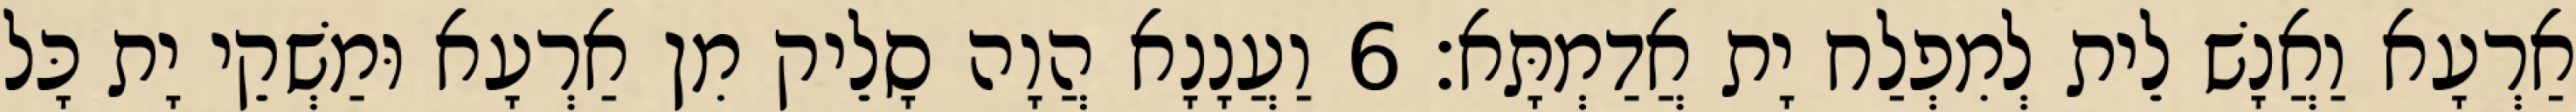
אַרְעָא וַאֲנָשׁ לֵית לְמִפְלַח יָת אֲדַמְתָּא׃ 6 וַעֲנָנָא הֲוָה סָלֵיק מִן אַרְעָא וּמַשְׁקֵי יָת כָּל